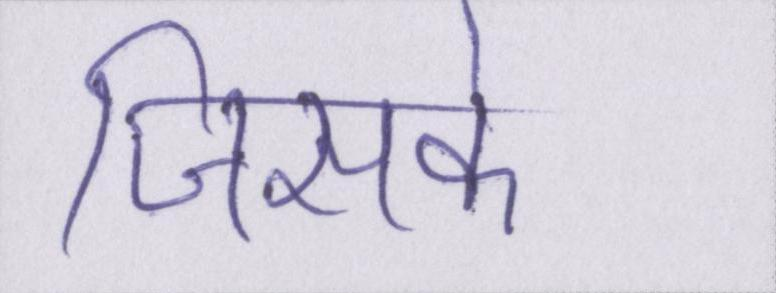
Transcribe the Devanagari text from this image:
जिसके